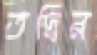
তদ্বির